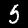
Label: 5